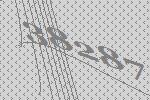
38287